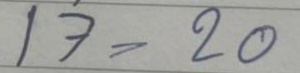
17 = 20